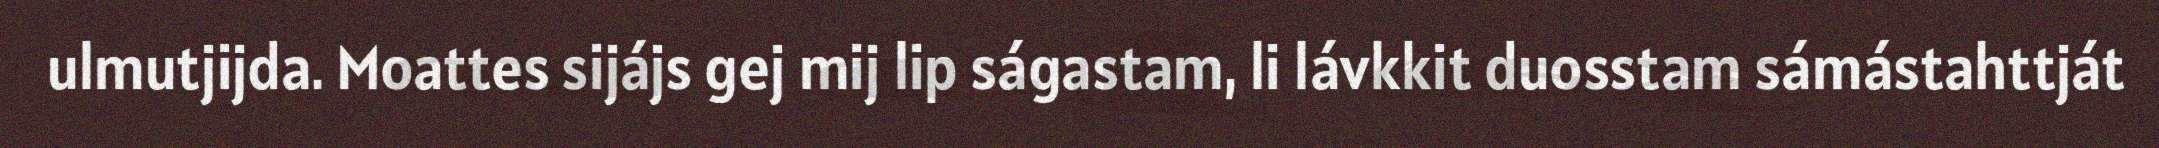
ulmutjijda. Moattes sijájs gej mij lip ságastam, li lávkkit duosstam sámástahttját